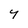
Character: Y